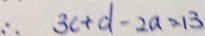
\therefore 3 c + d - 2 a = 1 3